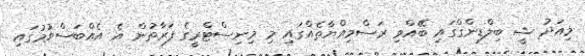
މިއަދު ޝީ ބިލްޑިންގްގައި ބޭއްވި ރަސްމިއްޔާތެއްގައި މި މިނިސްޓްރީގެ ފަރާތުން އެ އެއްބަސްވުމުގައި